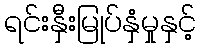
ရင်းနှီးမြုပ်နှံမှုနှင့်